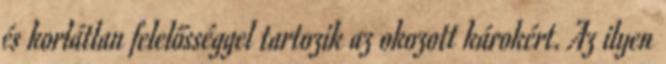
és korlátlan felelősséggel tartozik az okozott károkért. Az ilyen